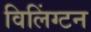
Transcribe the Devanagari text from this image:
विलिंग्टन